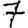
Digit: 7